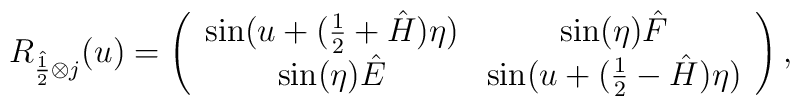
R_{\hat{\frac12} \otimes j} (u) =\left(\begin{array}{cccc}\sin(u+(\frac{1}{2}+\hat{H})\eta) & \sin(\eta) \hat{F} \\\sin(\eta) \hat{E} & \sin(u+(\frac{1}{2}-\hat{H})\eta) \\\end{array}\right),